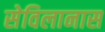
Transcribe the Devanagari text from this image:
सेविलानास